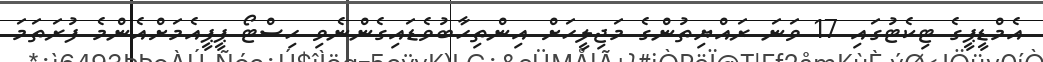
އެމްޑީޕީގެ ޓިކެޓުގައި 17 ވަނަ ރައްޔިތުންގެ މަޖިލީހަށް އިންތިހާބުވެޑައިގެންނެވި ހިސްޓޯ ޕީޕީއެމަށްއެންމެ ފުރަތަމަ